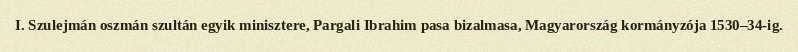
I. Szulejmán oszmán szultán egyik minisztere, Pargali Ibrahim pasa bizalmasa, Magyarország kormányzója 1530–34-ig.